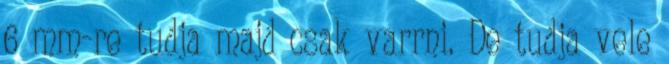
6 mm-re tudja majd csak varrni. De tudja vele